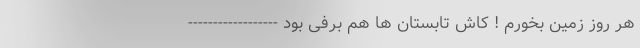
هر روز زمین بخورم ! کاش تابستان ها هم برفی بود ------------------